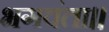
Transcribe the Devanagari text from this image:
भगवंता।।